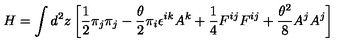
H = \int d ^ { 2 } z \left[ \frac { 1 } { 2 } \pi _ { j } \pi _ { j } - \frac { \theta } { 2 } \pi _ { i } \epsilon ^ { i k } A ^ { k } + \frac { 1 } { 4 } F ^ { i j } F ^ { i j } + \frac { \theta ^ { 2 } } { 8 } A ^ { j } A ^ { j } \right]